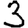
Digit: 3